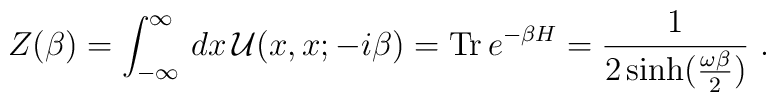
Z(\beta) = \int_{-\infty}^{\infty}\, dx\, {\cal U}(x, x; -i\beta) ={\rm Tr} \, e^{-\beta H} = {1 \over 2 \sinh \bigl({\omega \beta \over2}\bigr)}\ .